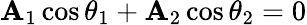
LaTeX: \mathbf{A}_{1}\cos\theta_{1}+\mathbf{A}_{2}\cos\theta_{2}=0